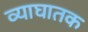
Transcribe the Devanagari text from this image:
व्याघातक